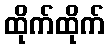
ထိုက်ထိုက်